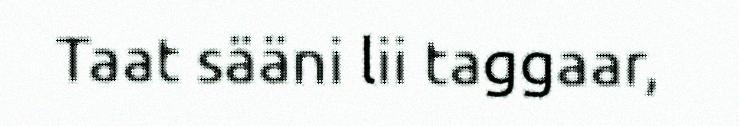
Taat sääni lii taggaar,